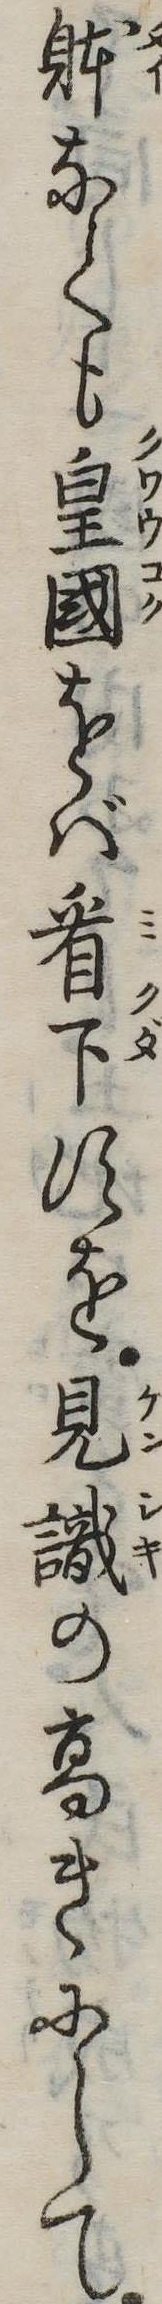
体なくも皇国をば看下すを見識の高きにして